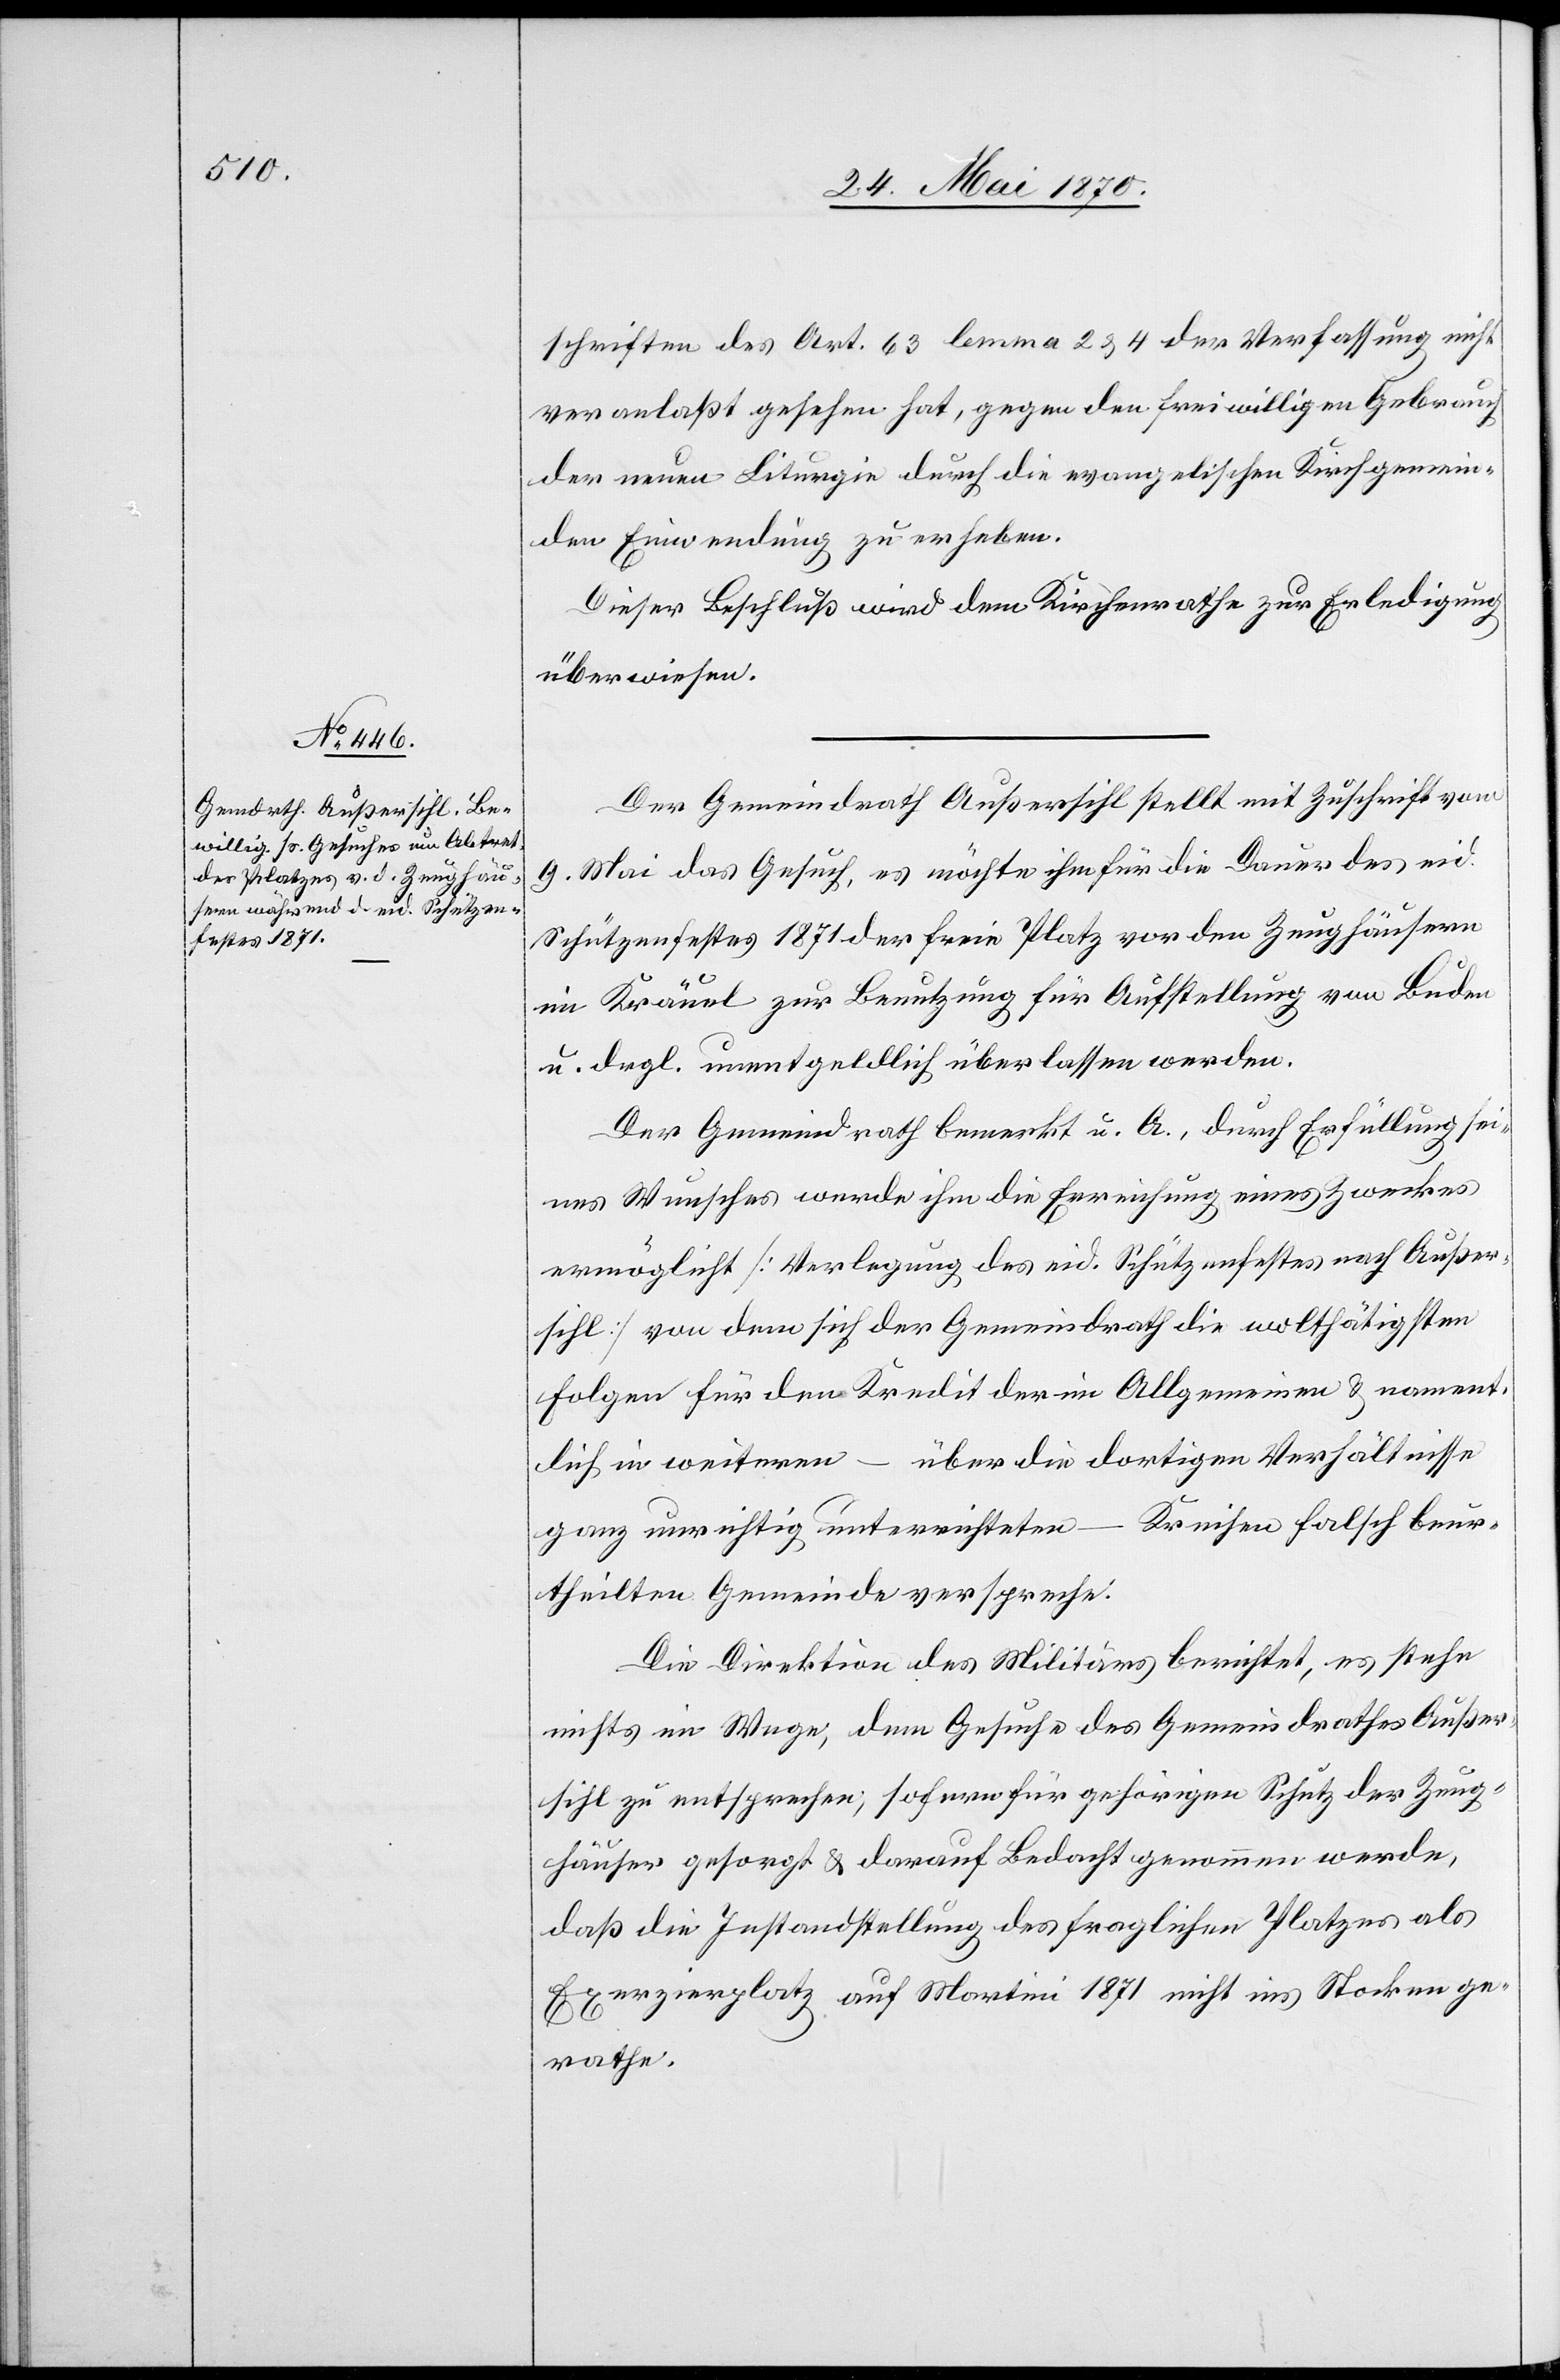
schriften des Art. 63 lemma 2 & 4 der Verfassung nicht
veranlaßt gesehen hat, gegen den freiwilligen Gebrauch
der neuen Liturgie durch die evangelischen Kirchgemein¬
den Einwendung zu erheben.
Dieser Beschluß wird dem Kirchenrathe zur Erledigung
überwiesen.
Der Gemeindrath Außersihl stellt mit Zuschrift vom
9. Mai das Gesuch, es möchte ihm für die Dauer des eid.
Schützenfestes 1871 der freie Platz vor den Zeughäusern
im Kräuel zur Benutzung für Aufstellung von Buden
u. drgl. unentgeldlich überlassen werden.
Der Gemeindrath bemerkt u. A., durch Erfüllung sei¬
nes Wunsches werde ihm die Erreichung eines Zweckes
ermöglicht [Verlegung des eid. Schützenfestes nach Außer¬
sihl] von dem sich der Gemeindrath die wo[h]lthätigsten
Folgen für den Kredit der im Allgemeinen & nament¬
lich in weiteren – über die dortigen Verhältnisse
ganz unrichtig unterrichteten – Kreisen falsch beur¬
theilten Gemeinde verspreche.
Die Direktion des Militärs berichtet, es stehe
nichts im Wege, dem Gesuche des Gemeindrathes Außer¬
sihl zu entsprechen, sofern für gehörigen Schutz der Zeug¬
häuser gesorgt & darauf Bedacht genommen werde,
daß die Instandstellung des fraglichen Platzes als
Exerzierplatz auf Martini 1871 nicht ins Stocken ge¬
rathe.